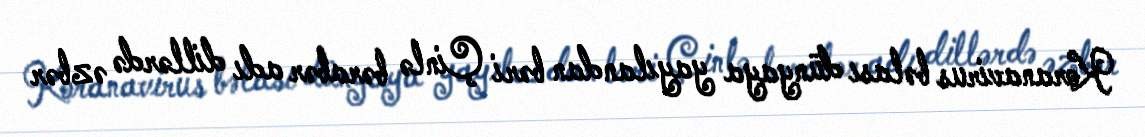
Koranavirus bəlası dünyaya yayılandan bəri Çinlə bərabər adı dillərdə əzbər